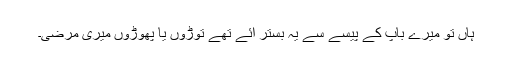
ہاں تو میرے باپ کے پیسے سے یہ بستر ائے تھے توڑوں یا پھوڑوں میری مرضی۔